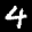
Label: 4